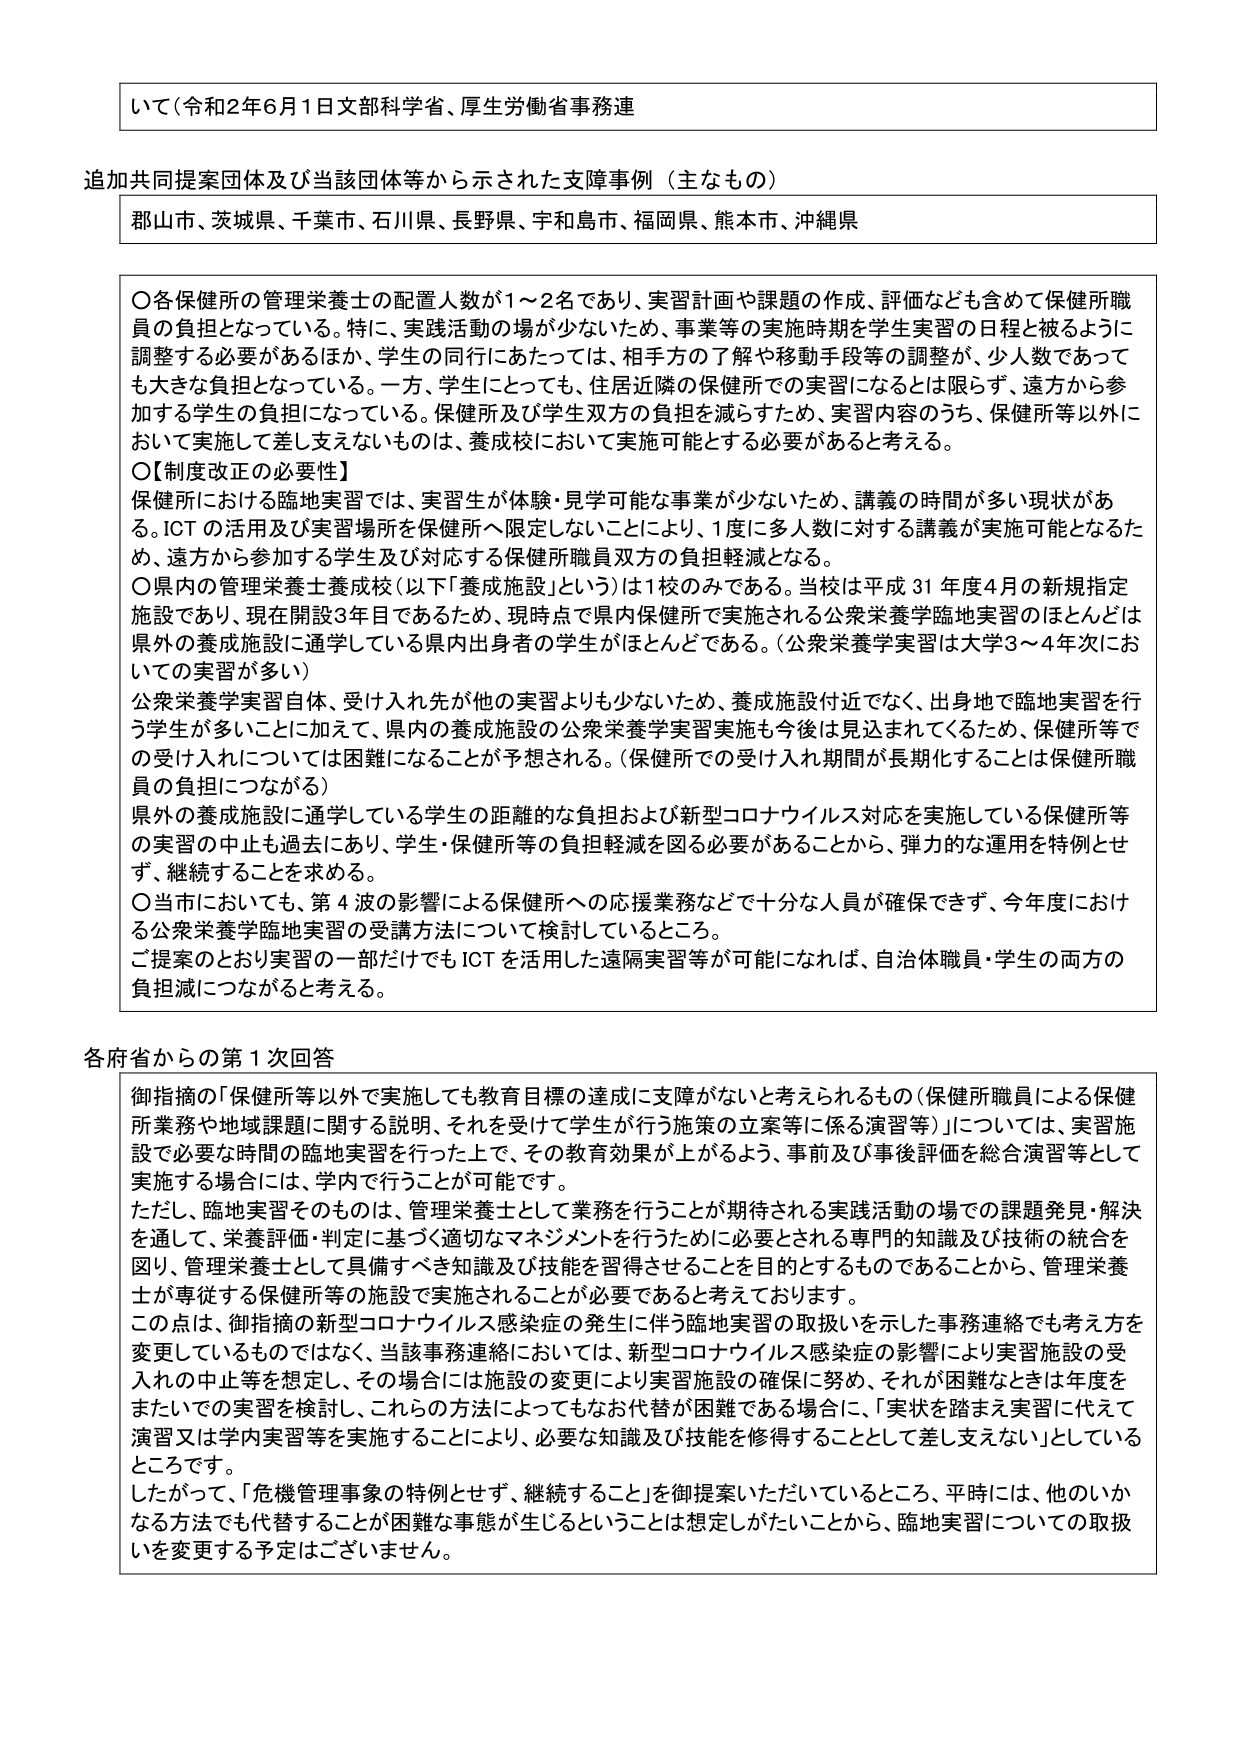
いて（令和2年6月1日文部科学省、厚生労働省事務連

追加共同提案団体及び当該団体等から示された支援事例（主なもの）
郡山市、茨城県、千葉市、石川県、長野県、宇和島市、福岡県、熊本市、沖縄県

〇各保健所の管理栄養士の配置人数が1～2名であり、実習計画や課題の作成、評価なども含めて保健所職員の負担となっている。特に、実践活動の場が少ないため、事業等の実施時期を学生実習の日程と被るように調整する必要があるほか、学生の同行にあたっては、相手方の了解や移動手段等の調整が、少人数であっても大きな負担となっている。一方、学生にとっても、住居近隣の保健所での実習になるとは限らず、遠方から参加する学生の負担になっている。保健所及び学生双方の負担を減らすため、実習内容のうち、保健所等以外において実施して差し支えないものは、養成校において実施可能とする必要があると考える。

〇【制度改正の必要性】
保健所における臨地実習では、実習生が体験・見学可能な事業が少ないため、講義の時間が多い現状がある。ICTの活用及び実習場所を保健所へ限定しないことにより、1度に多人数に対する講義が実施可能となるため、遠方から参加する学生及び対応する保健所職員双方の負担軽減となる。

〇県内の管理栄養士養成校（以下「養成施設」という）は1校のみである。当校は平成31年度4月の新規指定施設であり、現在開設3年目であるため、現時点で県内保健所で実施される公衆栄養学臨地実習のほとんどは県外の養成施設に通学している県内出身者の学生がほとんどである。（公衆栄養学実習は大学3～4年次においての実習が多い）

公衆栄養学実習自体、受け入れ先が他の実習よりも少ないため、養成施設付近でなく、出身地で臨地実習を行う学生が多いことに加えて、県内の養成施設の公衆栄養学実習実施も今後は見込まれてくるため、保健所等での受け入れについては困難になることが予想される。（保健所での受け入れ期間が長期化することは保健所職員の負担につながる）

県外の養成施設に通学している学生の距離的な負担および新型コロナウイルス対応を実施している保健所等の実習の中止も過去にあり、学生・保健所等の負担軽減を図る必要があることから、弾力的な運用を特例とせず、継続することを求める。

〇当市においても、第4波の影響による保健所への応援業務などで十分な人員が確保できず、今年度における公衆栄養学臨地実習の受講方法について検討しているところ。

ご提案のとおり実習の一部だけでもICTを活用した遠隔実習等が可能になれば、自治体職員・学生の両方の負担減につながると考える。

各府省からの第1次回答

御指摘の「保健所等以外で実施しても教育目標の達成に支障がないと考えられるもの（保健所職員による保健所業務や地域課題に関する説明、それを受けて学生が行う施策の立案等に係る演習等）」については、実習施設で必要な時間の臨地実習を行った上で、その教育効果が上がるよう、事前及び事後評価を総合演習等として実施する場合には、学内で行うことが可能です。

ただし、臨地実習そのものは、管理栄養士として業務を行うことが期待される実践活動の場での課題発見・解決を通して、栄養評価・判定に基づく適切なマネジメントを行うために必要とされる専門的知識及び技術の統合を図り、管理栄養士として具備すべき知識及び技能を習得させることを目的とするものであることから、管理栄養士が専従する保健所等の施設で実施されることが必要であると考えております。

この点は、御指摘の新型コロナウイルス感染症の発生に伴う臨地実習の取扱いを示した事務連絡でも考え方を変更しているものではなく、当該事務連絡においては、新型コロナウイルス感染症の影響により実習施設の受入れの中止等を想定し、その場合には施設の変更により実習施設の確保に努め、それが困難なときは年度をまたいでの実習を検討し、これらの方針によってもなお代替が困難である場合に、「実状を踏まえ実習に代えて演習又は学内実習等を実施することにより、必要な知識及び技能を修得することとして差し支えない」としているところです。

したがって、「危機管理事象の特例とせず、継続すること」を御提案いただいているところ、平時には、他のいかなる方法でも代替することが困難な事態が生じるということは想定しがたいことから、臨地実習についての取扱いを変更する予定はございません。